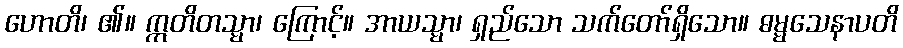
ဟောတိ၊ ၏။ ဣတိတသ္မာ၊ ကြောင့်။ အာယသ္မာ၊ ရှည်သော သက်တော်ရှိသော။ ဓမ္မသေနာပတိ